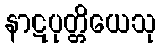
နာဋပုတ္တိယေသု